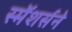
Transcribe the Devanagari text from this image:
स्मॅशर्सने